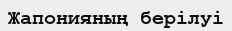
Жапонияның берілуі